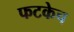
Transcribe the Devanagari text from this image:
फटकेच